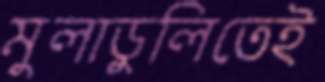
মুলাডুলিতেই